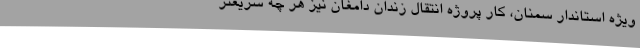
ویژه استاندار سمنان، کار پروژه انتقال زندان دامغان نیز هر چه سریعتر